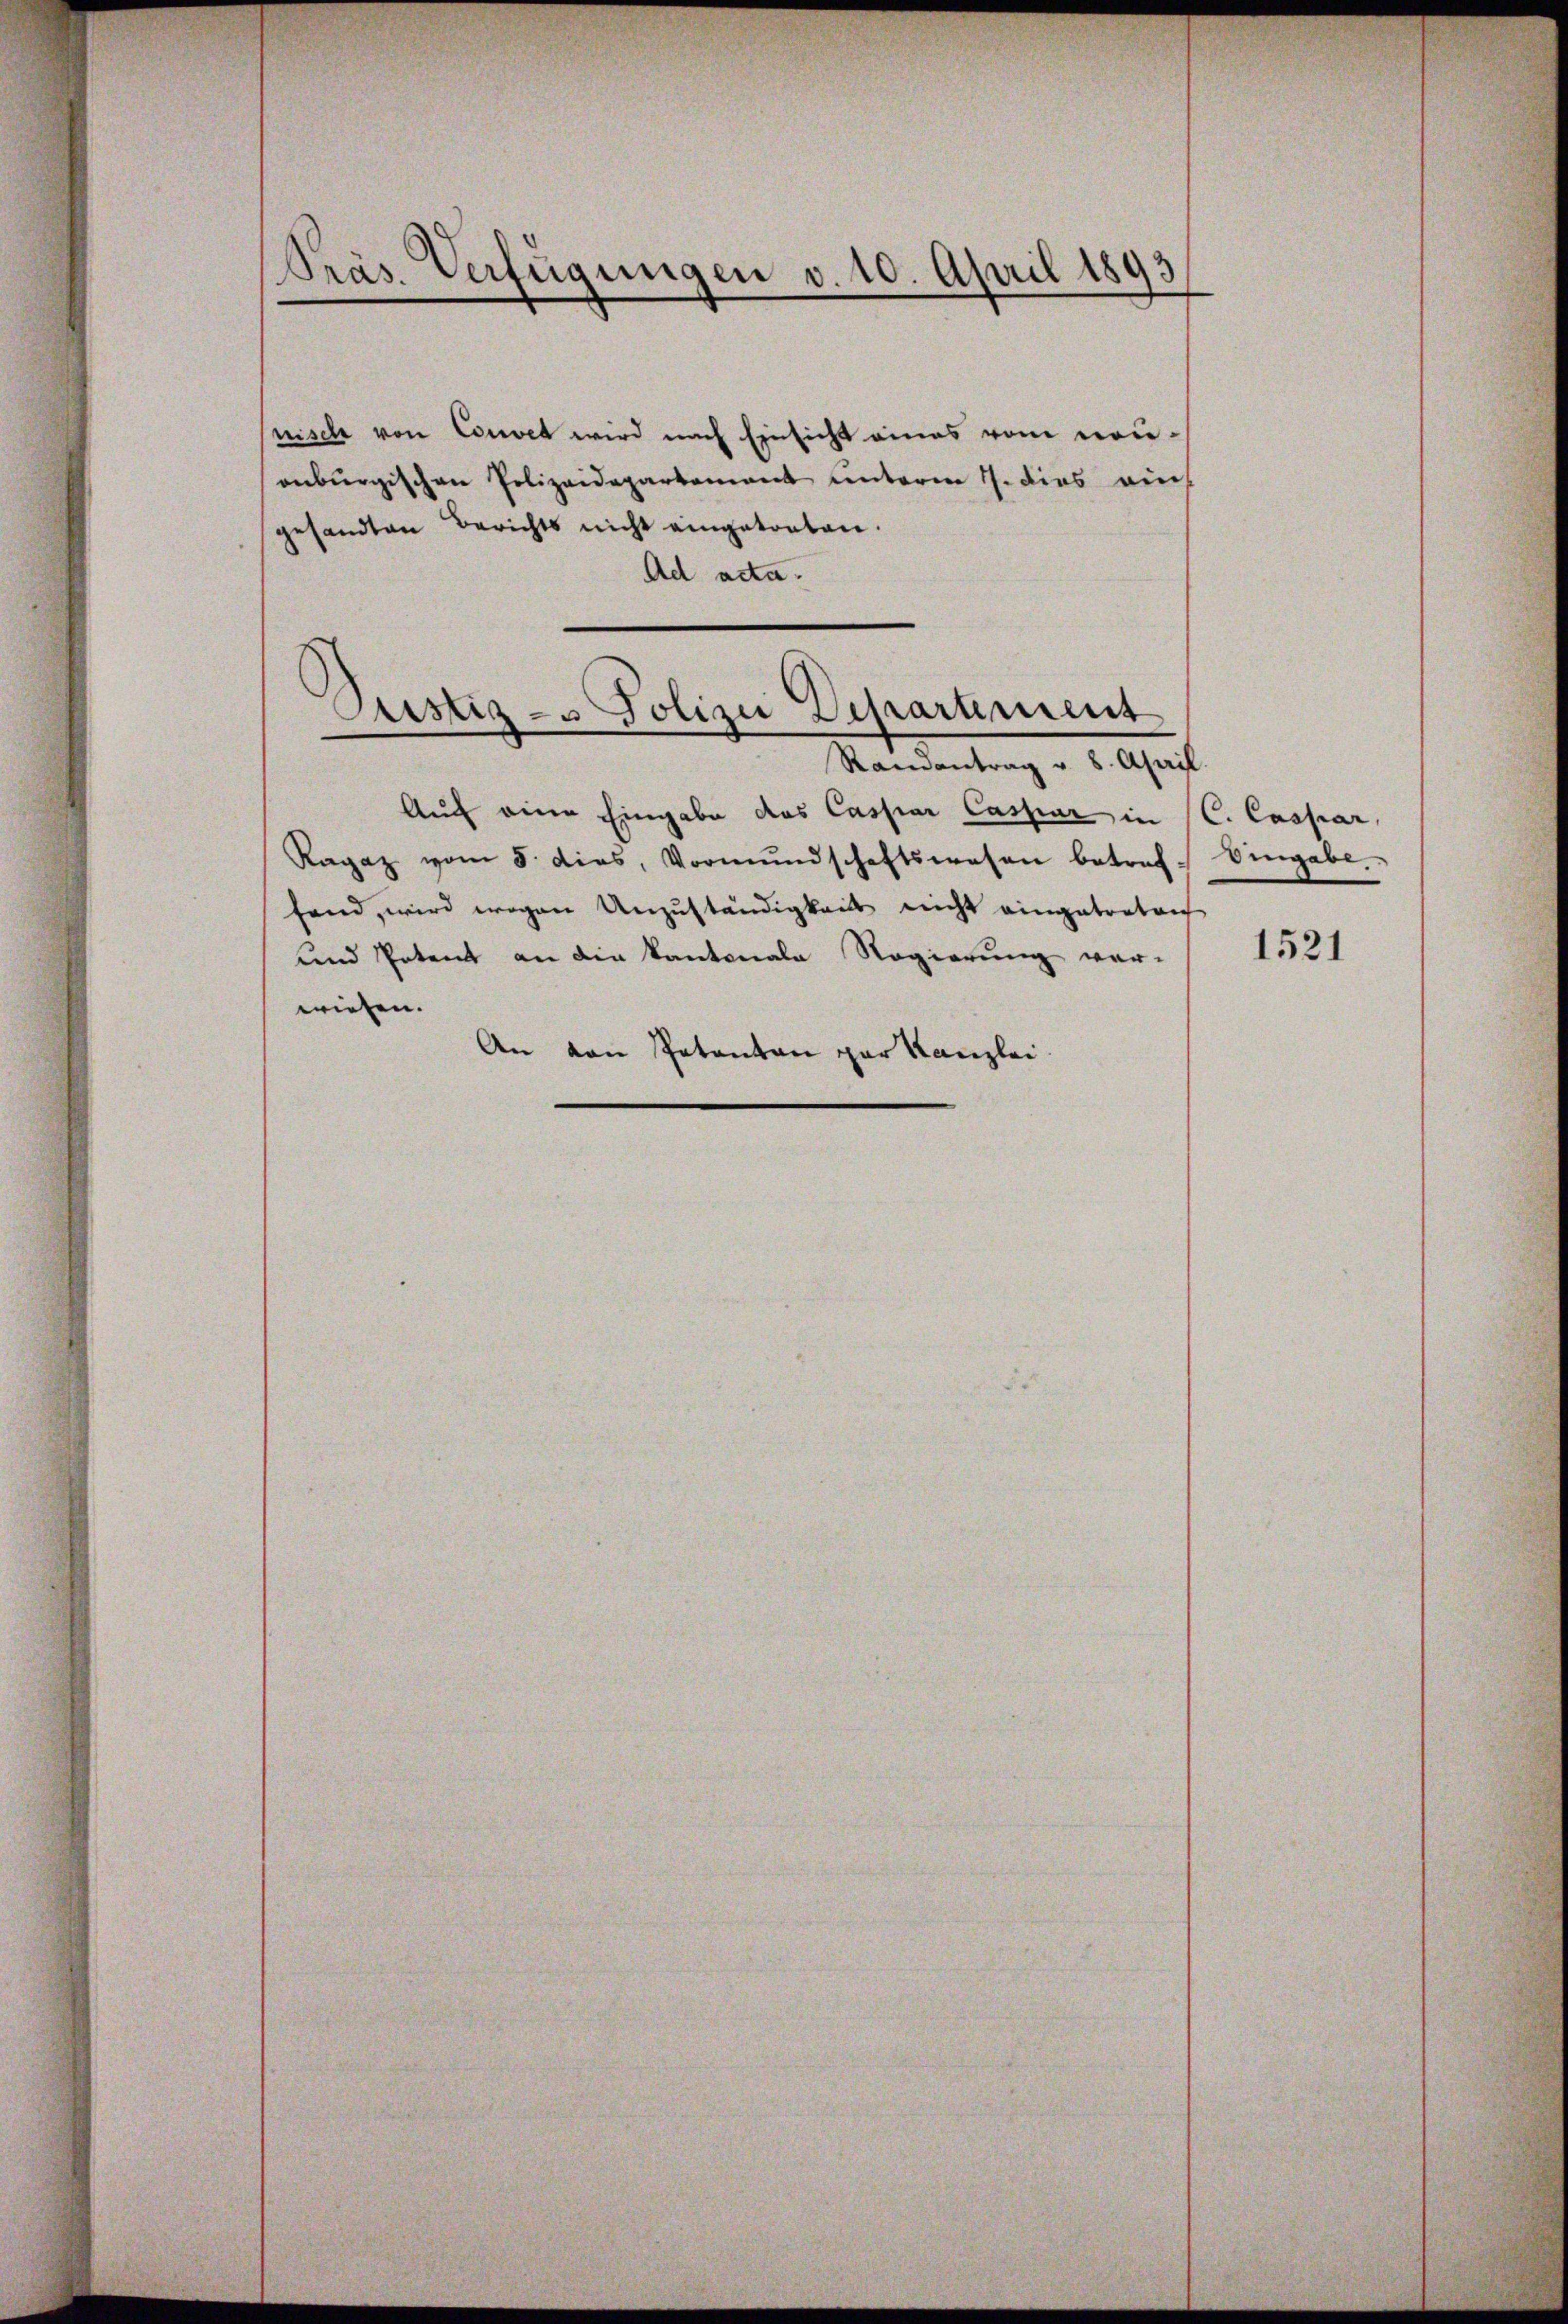
Präs. Verfügungen v. 10. April 1893

nisch von Couvet wird nach Einsicht eines vom neuonburgischen Polizeidepartement unterm 1. dies auch
gesandten Berichts nicht eingetreten.
Ad acta.

.
ustiz- u Polizei Departement
Randantrag v. 8. April.

Auf eine Eingabe das Caspar Caspar in C. Caspar,
Ragaz vom 5. dies, Vormŭndschaftswesen betref-
fand, wird wegen Unzuständigkeits nicht eingetreten
und Petent an die Kantonale Regierung ver-
wiesen.
An von Petenten par Kanzlei.

Eingabe.

1521